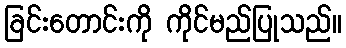
ခြင်းတောင်းကို ကိုင်မည်ပြုသည်။